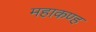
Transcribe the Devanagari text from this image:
महाकण्ह